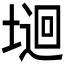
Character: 𡏁